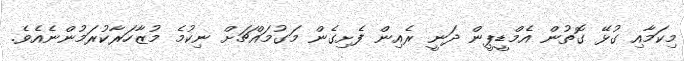
މިކަމާއި ގުޅޭ ގޮތުން އެމްޑީޕީން ދަނީ ރެއިން ފެށިގެން މަގުމައްޗަށް ނިކުމެ މުޒާހަރާކުރަމުންނެއެވެ.